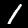
Label: 1